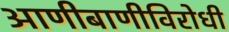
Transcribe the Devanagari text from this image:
आणीबाणीविरोधी